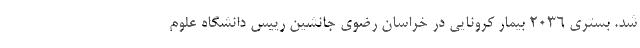
شد. بستری ۲۰۳۶ بیمار کرونایی در خراسان رضوی جانشین رییس دانشگاه علوم